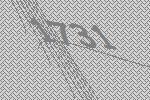
1731